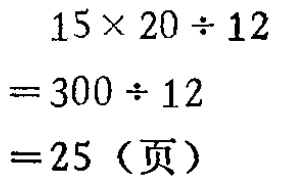
\[
\begin{align*}
&15\times20\div12\\
=&300\div12\\
=&25（页）
\end{align*}
\]